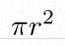
\pi r^2